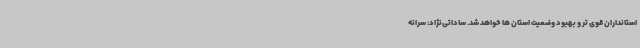
استانداران قوی تر و بهبود وضعیت استان ها خواهد شد. ساداتی‌نژاد: سرانه